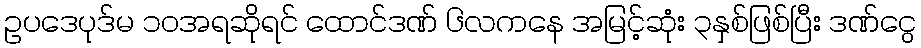
ဥပဒေပုဒ်မ ၁၀အရဆိုရင် ထောင်ဒဏ် ၆လကနေ အမြင့်ဆုံး ၃နှစ်ဖြစ်ပြီး ဒဏ်ငွေ